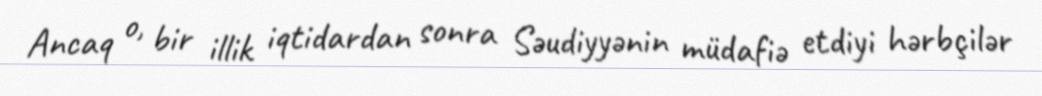
Ancaq o, bir illik iqtidardan sonra Səudiyyənin müdafiə etdiyi hərbçilər